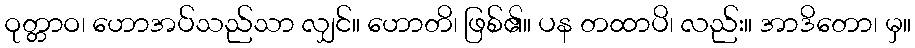
ဝုတ္တာဝ၊ ဟောအပ်သည်သာ လျှင်။ ဟောတိ၊ ဖြစ်၏။ ပန တထာပိ၊ လည်း။ အာဒိတော၊ မှ။